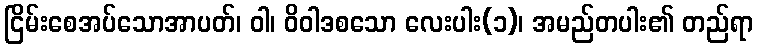
ငြိမ်းစေအပ်သောအာပတ်၊ ဝါ၊ ဝိဝါဒစသော လေးပါး(၁)၊ အမည်တပါး၏ တည်ရာ